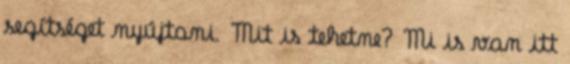
segítséget nyújtani. Mit is tehetne? Mi is van itt